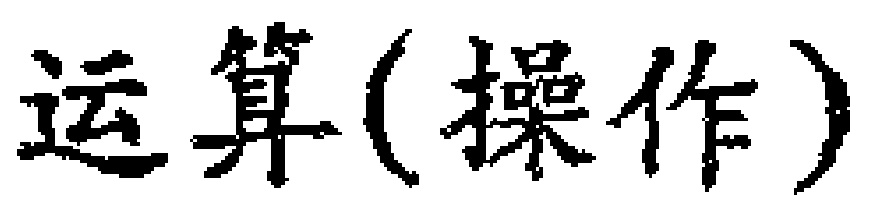
运算(操作)